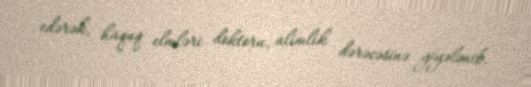
edərək, hüquq elmləri doktoru, alimlik dərəcəsinə yiyələnib.